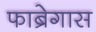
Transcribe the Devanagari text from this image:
फाब्रेगास